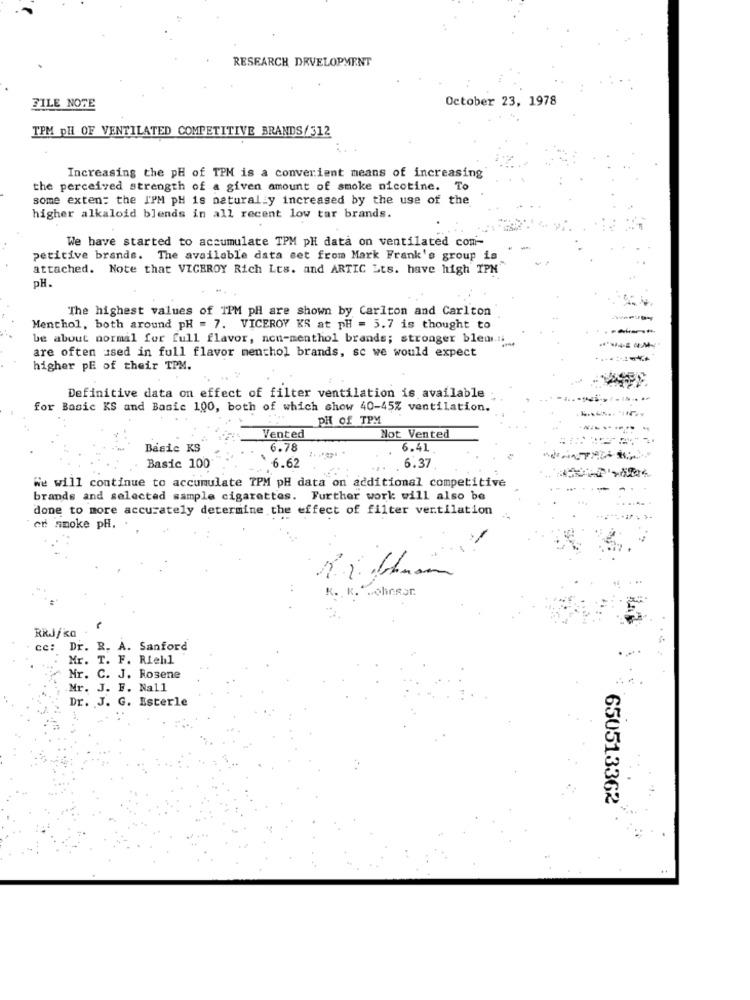
RESEARCH DEVELOPMENT
October 23, 1978
FILE NOTE
TPM pll OF VENTILATED COMPETITIVE BRANDS/312
Increasing the pH of TPM is a converient means of increasing
the perceived strength of a given amount of smoke nicotine. To
some exten: the I'PM pH is naturally increased by the use of the
higher alkaloid blends in all recent low tar brands.
We have started to accumulate TPM pH data on ventilated com-
petitive brands. The available data set from Mark Frank's group is
attached. Note that VICEROY Rich Lts. and ARTIC Ets. have high IPN
DH.
The highest values of IPM pH are shown by Carlton and Carlton
Menthol, both around pH = 7. VICEROY KS at pH = 5.7 is thought to
be about normal for full flavor, non-menthol brands; stronger blem.n.
are often used in full flavor menthol brands, sc we would expect
higher pE of their TPM.
Definitive data on effect of filter ventilation is available
for Basic KS and Basic 100, both of which show 40-45% ventilation.
PH of TPM
Vented
Not Vented
Basic KS
6.78
6.41
Basic 100
6.62
6.37
We will continue to accumulate TPM pH data on additional competitive
brands and selected sample cigarettes. Further work will also be
done to more accurately determine the effect of filter ventilation
er smoke pH. .
Johnson
cc: Dr. R. A. Sanford
Mr. T. F. Riehl
Mr. C. J. Rosene
Mr. J. F. Nall
Dr. J. G. Esterle
650513362